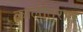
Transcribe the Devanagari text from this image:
कालांतरात